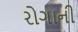
રોગાની